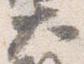
大